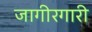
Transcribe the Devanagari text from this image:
जागीरगारी